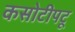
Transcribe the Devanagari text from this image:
कसोटीपटू